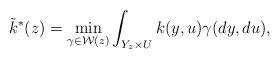
LaTeX: \begin{align*}\tilde{k}^*(z)= \min_{\gamma\in \mathcal{W}(z)}\int_{Y_z\times U}k(y,u)\gamma(dy,du),\end{align*}